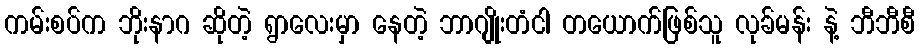
ကမ်းစပ်က ဘိုးနာဂ ဆိုတဲ့ ရွာလေးမှာ နေတဲ့ ဘာဂျိုးတံငါ တယောက်ဖြစ်သူ လုခ်မန်း နဲ့ ဘီဘီစီ